Note on the mental hospitals in Burma - 1925-1940
Year: 1925
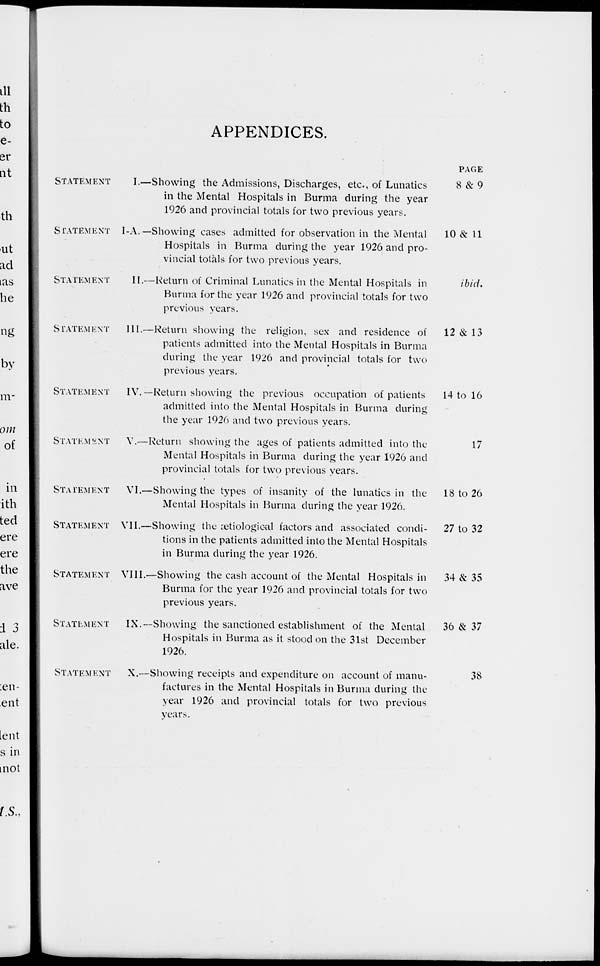
APPENDICES.
STATEMENT
I.—
STATEMENT I-A.—
STATEMENT
II. —
STATEMENT
III.—
STATEMENT IV.—
STATEMENT
V.—
STATEMENT VI. —
STATEMENT VII.—
STATEMENT VIII.—
STATEMENT IX.—
STATEMENT X. —
Showing the Admissions, Discharges, etc., of Lunatics
in the Mental Hospitals in Burma during the year
1926 and provincial totals for two previous years.
Showing cases admitted for observation in the Mental
Hospitals in Burma during the year 1926 and pro-
vincial totals for two previous years.
Return of Criminal Lunatics in the Mental Hospitals in
Burma for the year 1926 and provincial totals for two
previous years.
Return showing the religion, sex and residence of
patients admitted into the Mental Hospitals in Burma
during the year 1926 and provincial totals for two
previous years.
Return showing the previous occupation of patients
admitted into the Mental Hospitals in Burma during
the year 1926 and two previous years.
Return showing the ages of patients admitted into the
Mental Hospitals in Burma during the year 1926 and
provincial totals for two previous years.
Showing the types of insanity of the lunatics in the
Mental Hospitals in Burma during the year 1926.
Showing the ætiological factors and associated condi-
tions in the patients admitted into the Mental Hospitals
in Burma during the year 1926.
Showing the cash account of the Mental Hospitals in
Burma for the year 1926 and provincial totals for two
previous years.
Showing the sanctioned establishment of the Mental
Hospitals in Burma as it stood on the 31st December
1926.
Showing receipts and expenditure on account of manu-
factures in the Mental Hospitals in Burma during the
year 1926 and provincial totals for two previous
years.
PAGE
8 & 9
10 & 11
ibid.
12 & 13
14 to 16
17
18 to 26
27 to 32
34 & 35
36 & 37
38